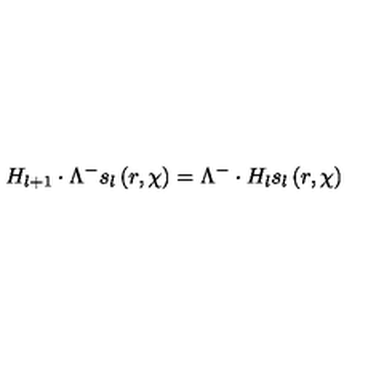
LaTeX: H _ { l + 1 } \cdot \Lambda ^ { - } s _ { l } \left( r , \chi \right) = \Lambda ^ { - } \cdot H _ { l } s _ { l } \left( r , \chi \right)